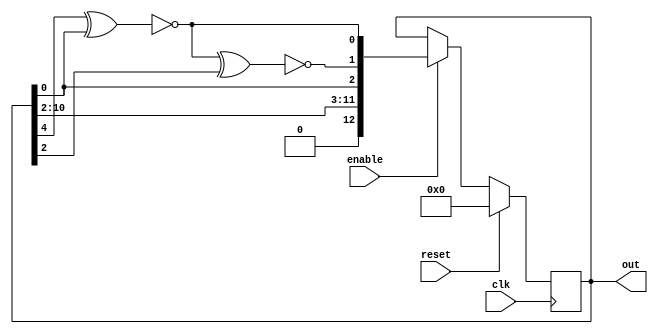
//LFSR Code

module lfsr    (
out             ,  // Output of the counter
enable          ,  // Enable  for counter
clk             ,  // clock input
reset              // reset input
);

	output [12:0] out;
	input enable, clk, reset;
	reg [12:0] out;
	wire        linear_feedback1, linear_feedback2, linear_feedback3;

	assign linear_feedback1 = !(out[7] ^ out[3]);
	assign linear_feedback2 = !(out[4] ^ out[0]);
	assign linear_feedback3 = !(linear_feedback2 ^ out[2]);
	
	always @(posedge clk)
	begin
		if (reset)
		out <= 8'b0 ;
		else if (enable) 
		begin
			out <= {out[10],out[9], out[8],
				out[7], out[6],
				out[5], out[4], out[3], out[2],
				out[0], linear_feedback3, linear_feedback2};
		end 
	end
endmodule // End Of Module counter